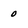
Character: 0